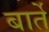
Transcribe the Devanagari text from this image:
बार्ते